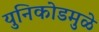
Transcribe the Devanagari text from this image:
युनिकोडमुळे